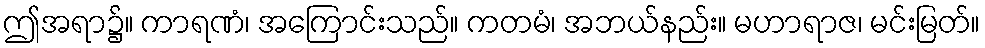
ဤအရာ၌။ ကာရဏံ၊ အကြောင်းသည်။ ကတမံ၊ အဘယ်နည်း။ မဟာရာဇ၊ မင်းမြတ်။